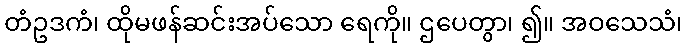
တံဥဒကံ၊ ထိုမဖန်ဆင်းအပ်သော ရေကို။ ဌပေတွာ၊ ၍။ အဝသေသံ၊